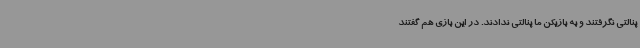
پنالتی نگرفتند و به بازیکن ما پنالتی ندادند. در این بازی هم گفتند